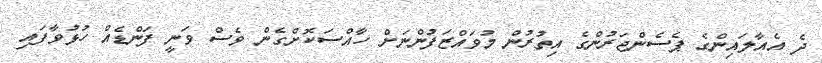
ދެ އެއާލައިންގެ ޕެސެންޖަރުންގެ އިތުރުން މުވައްޒަފުންނަށް ހާއްސަކޮށްގެން ވެސް ވަނީ ފަންޑެއް ހުޅުވާފައި